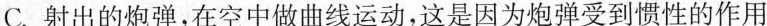
C.射出的炮弹，在空中做曲线运动，这是因为炮弹受到惯性的作用